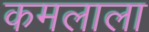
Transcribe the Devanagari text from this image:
कमलाला